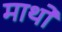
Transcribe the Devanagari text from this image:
माथों